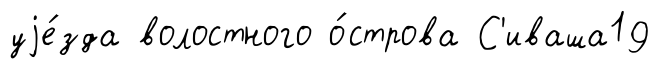
уjе́зда волостного о́строва С'иваша19